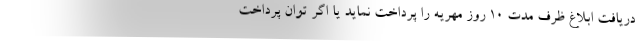
دریافت ابلاغ ظرف مدت 10 روز مهریه را پرداخت نماید یا اگر توان پرداخت